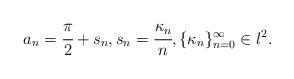
LaTeX: \begin{align*} a_n = \cfrac{\pi}{2} + s_n, s_n = \cfrac{\kappa_n}{n}, \{\kappa_n\}_{n=0}^\infty \in l^2.\end{align*}